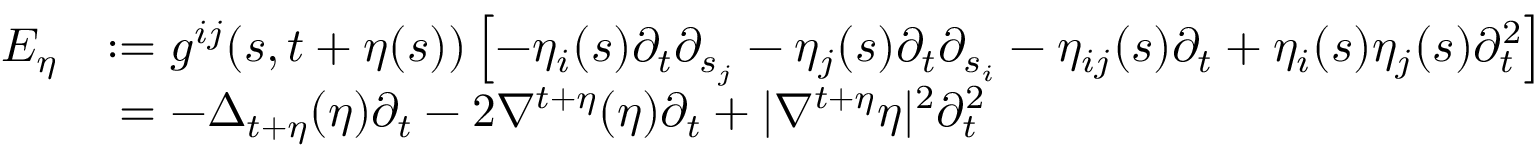
\begin{array} { r l } { E _ { \eta } } & { : = g ^ { i j } ( s , t + \eta ( s ) ) \left[ - \eta _ { i } ( s ) \partial _ { t } \partial _ { s _ { j } } - \eta _ { j } ( s ) \partial _ { t } \partial _ { s _ { i } } - \eta _ { i j } ( s ) \partial _ { t } + \eta _ { i } ( s ) \eta _ { j } ( s ) \partial _ { t } ^ { 2 } \right] } \\ & { \; = - \Delta _ { t + \eta } ( \eta ) \partial _ { t } - 2 \nabla ^ { t + \eta } ( \eta ) \partial _ { t } + | \nabla ^ { t + \eta } \eta | ^ { 2 } \partial _ { t } ^ { 2 } } \end{array}